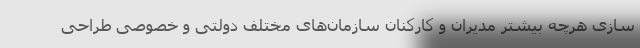
سازی هرچه بیشتر مدیران و کارکنان سازمان‌های مختلف دولتی و خصوصی طراحی